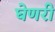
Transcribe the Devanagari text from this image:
घेणरी